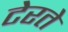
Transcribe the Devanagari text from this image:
टेरते